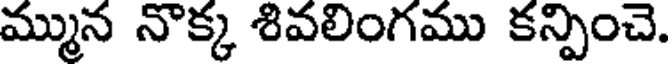
మ్మున నొక్క శివలింగము కన్పించె.